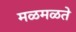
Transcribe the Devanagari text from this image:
मळमळते